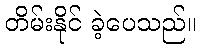
တိမ်းနိုင် ခဲ့ပေသည်။